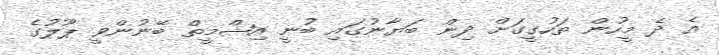
އެ ދެ މީހުން ތަހުގީގަށް ދިން ބަޔާނުގައި ބުނީ އިޝްމީތް ބޭނުންވީ ޕޫލުގެ